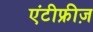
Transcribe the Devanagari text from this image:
एंटीफ्रीज़